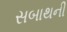
સબાથની